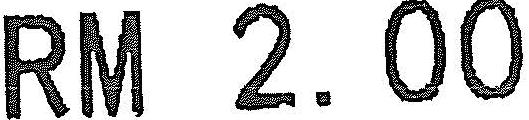
RM 2.00